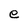
Character: e